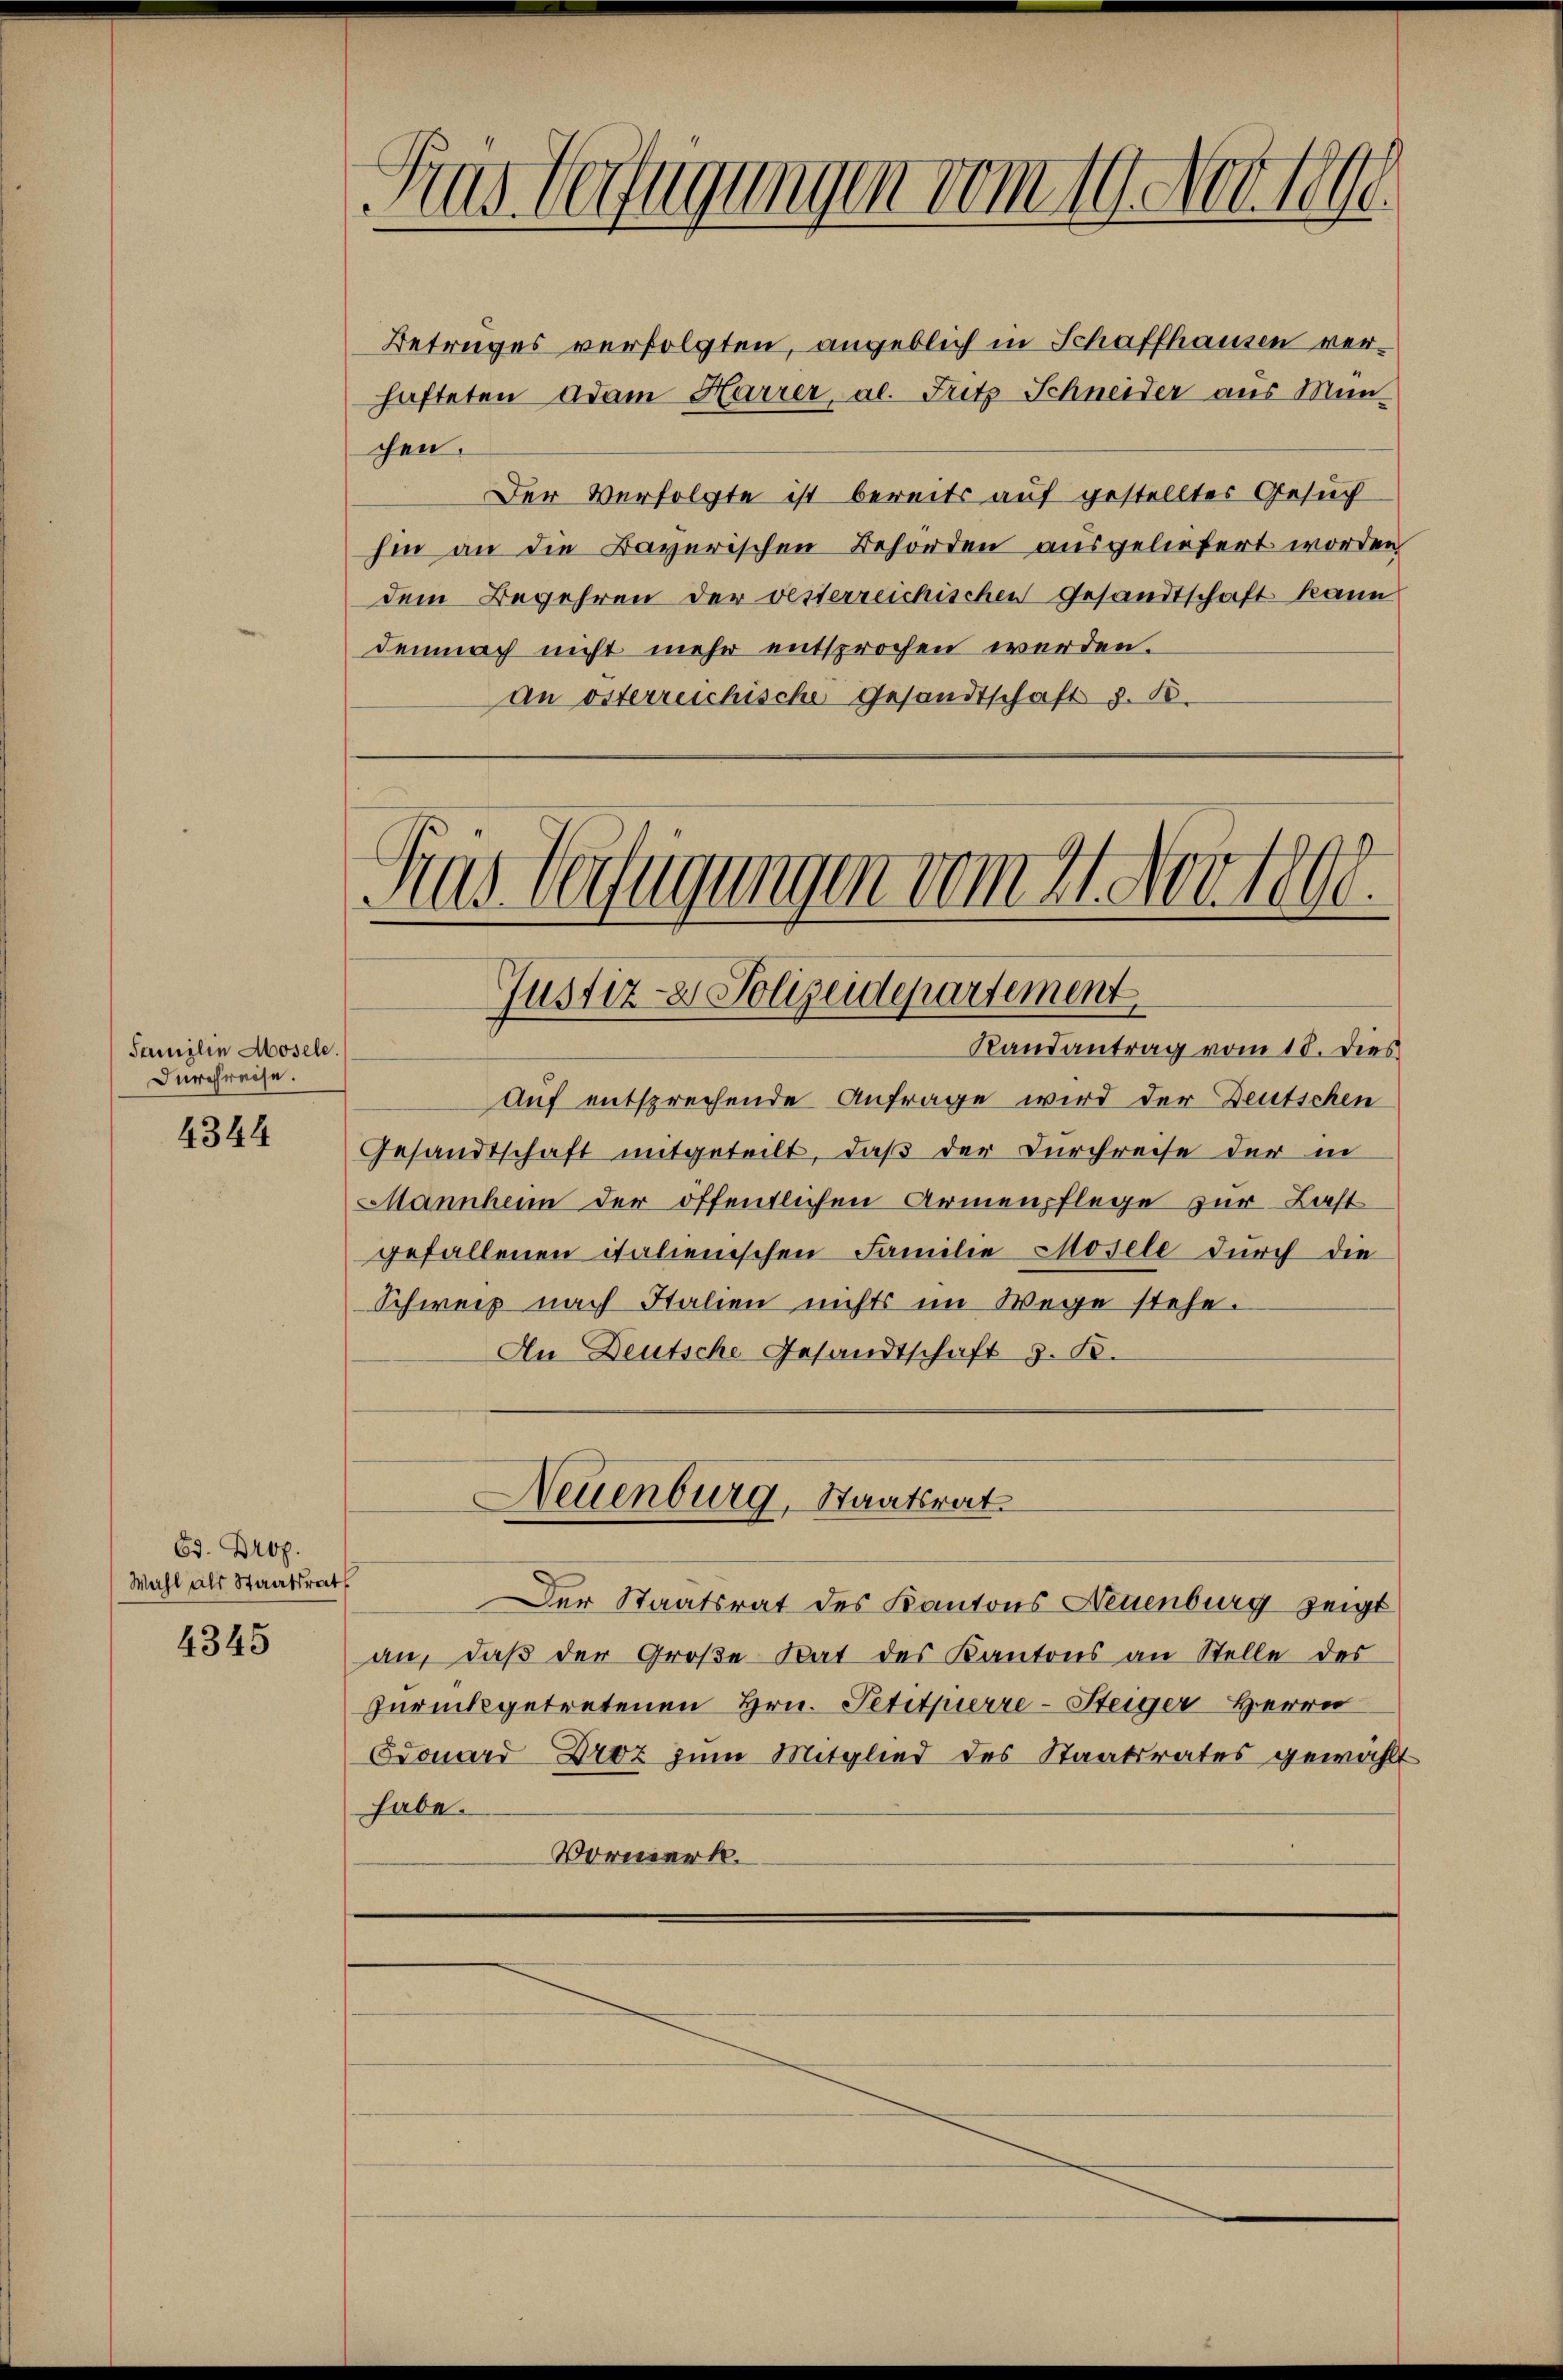
Samilie Mosele.
Durchreise.

4344

Ed. Brop.
Wahl als Staatsrat

4345

Fras Verfügungen vom 19. Nov. 1890.

Betruges verfolgten, angeblich in Schaffhausen verhafteten Adam Harrer, al. Fritz Schneider aus Mün-
chen.
Der Verfolgte ist bereits auf gestelltes Gesuch
hin an die Bayerischen Behörden ausgeliefert worden,
dem Begehren der vesterreichischen Gesandtschaft kann
demnach nicht mehr entsprochen werden.
an österreichische Gesandtschaft z. 18.

Kas Verfügungen vom 21. Nov. 1800.
Justiz- & Polizeidepartement
Randantrag vom 18. Dies

Auf entsprechende Anfrage wird der Deutschen
Gesandtschaft mitgeteilt, daß der Durchreise der in
Mannheim der öffentlichen Armenpflege zur Last
gefallenen italienischen Familie Mosele durch die
Schweiz nach Italien nichts im Wege stehe.
An Deutsche Gesandtschaft z. B.

Neuenburg, Staatsrat

Der Staatsrat des Kantons Neuenburg zeigt
an, daß der Große Rat des Kantons an Stelle des
zurückgetretenen Hrn. Petitpierre-Steiger Herrn
Souard Droz zum Mitglied des Staatsrates gewählt
habe.
Vormerk.